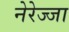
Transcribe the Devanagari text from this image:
नेरेज्जा